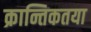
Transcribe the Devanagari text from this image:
क्रान्तिकतया